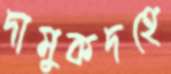
দামুকদহে